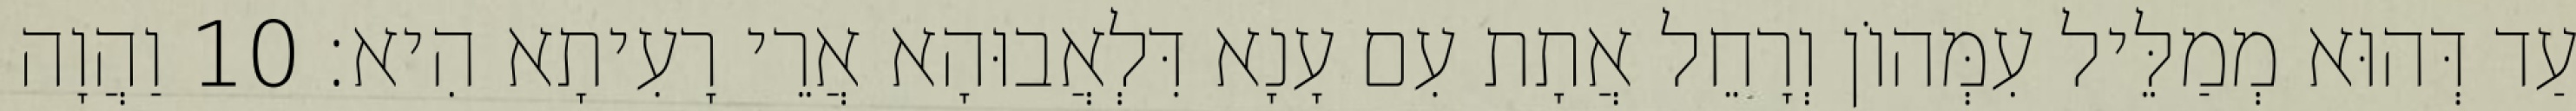
עַד דְּהוּא מְמַלֵּיל עִמְּהוֹן וְרָחֵל אֲתָת עִם עָנָא דִּלְאֲבוּהָא אֲרֵי רָעִיתָא הִיא׃ 10 וַהֲוָה